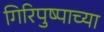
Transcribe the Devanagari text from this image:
गिरिपुष्पाच्या